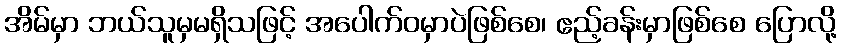
အိမ်မှာ ဘယ်သူမှမရှိသဖြင့် အပေါက်ဝမှာပဲဖြစ်စေ၊ ဧည့်ခန်းမှာဖြစ်စေ ပြောလို့